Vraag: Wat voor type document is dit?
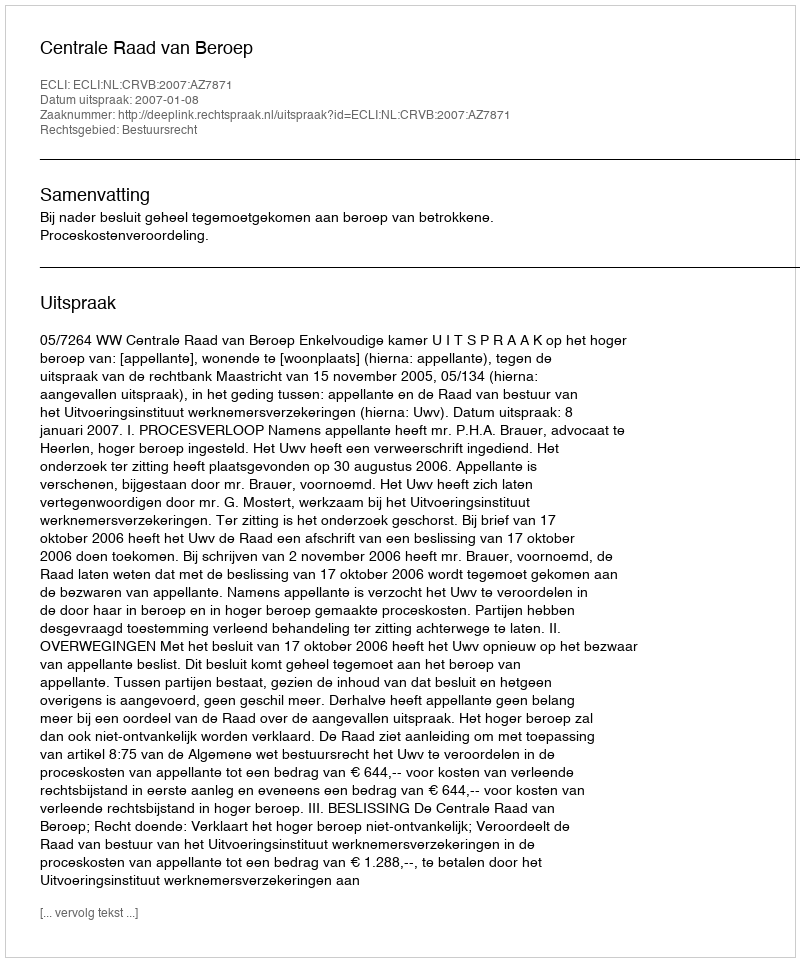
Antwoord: Uitspraak